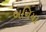
બનિયા